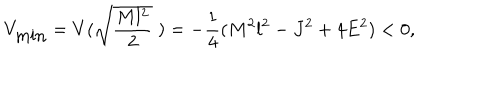
V _ { \mathrm { m i n } } = V ( \sqrt { \frac { M l ^ { 2 } } { 2 } } \; ) = - \frac { 1 } { 4 } ( M ^ { 2 } l ^ { 2 } - J ^ { 2 } + 4 E ^ { 2 } ) < 0 ,